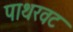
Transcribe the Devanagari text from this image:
पाथरवट